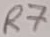
Text: R7